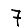
Digit: 7